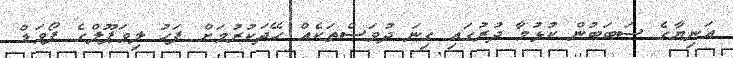
އަނިޔާގެ ސަބަބުން ކުޅުމާ ދުރުގައި ގިނަ ދުވަސްތަކެއް ހޭދަކުރުމަށް ފަހު ލިވަޕޫލްގެ ފޯވަޑް